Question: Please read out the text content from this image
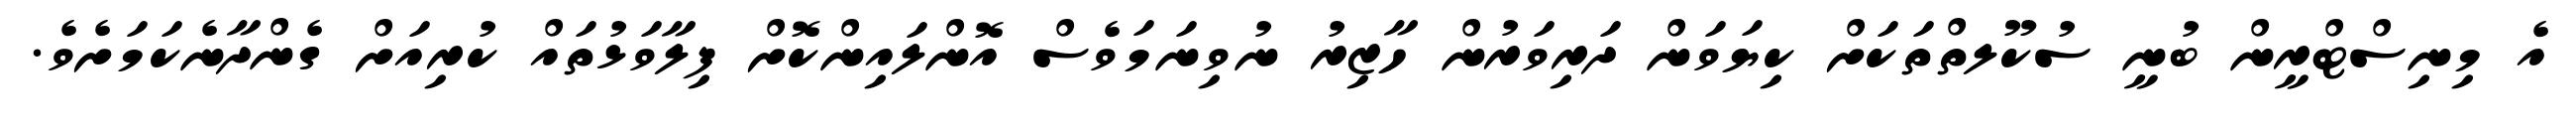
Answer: އެ މިނިސްޓްރީން ބުނީ ސުކޫލތްތަކަށް ކިޔަވަން ދަރިވަރުން ހާޒިރު ނުވިނަމަވެސް އޮންލައިންކޮށް ފިލާވަޅުތައް ކުރިއަށް ގެންދާނެކަމަށެވެ.